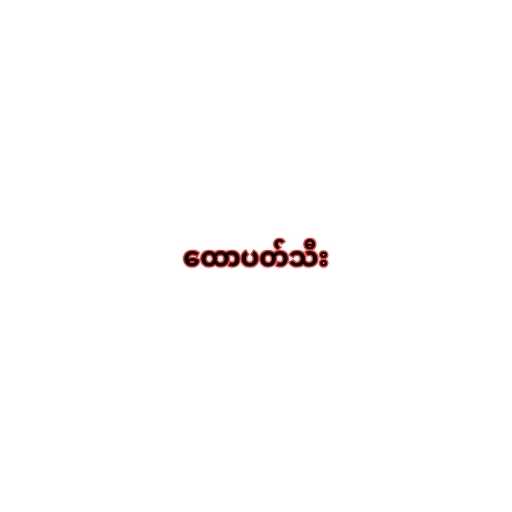
ထောပတ်သီး